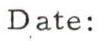
Date: